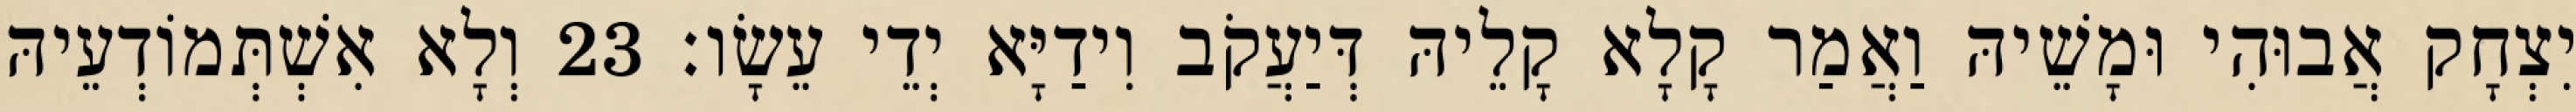
יִצְחָק אֲבוּהִי וּמָשֵׁיהּ וַאֲמַר קָלָא קָלֵיהּ דְּיַעֲקֹב וִידַיָּא יְדֵי עֵשָׂו׃ 23 וְלָא אִשְׁתְּמוֹדְעֵיהּ